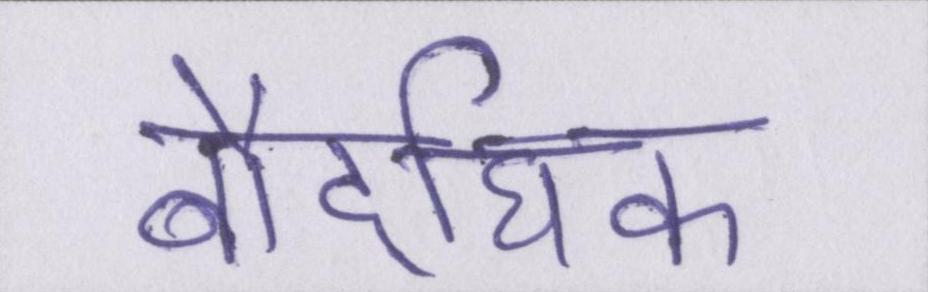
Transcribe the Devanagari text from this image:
बौद्घिक